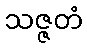
သဇ္ဇတံ